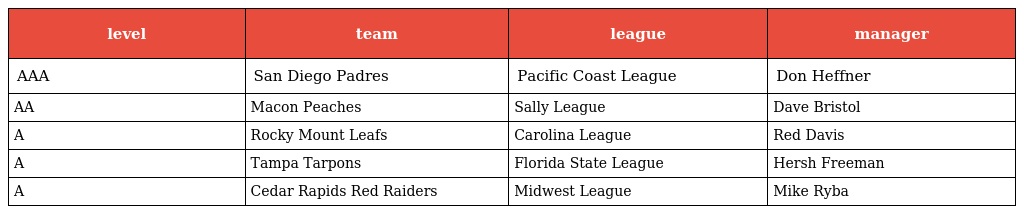
| level | team | league | manager |
 | --- | --- | --- | --- |
 | AAA | San Diego Padres | Pacific Coast League | Don Heffner |
 | AA | Macon Peaches | Sally League | Dave Bristol |
 | A | Rocky Mount Leafs | Carolina League | Red Davis |
 | A | Tampa Tarpons | Florida State League | Hersh Freeman |
 | A | Cedar Rapids Red Raiders | Midwest League | Mike Ryba |